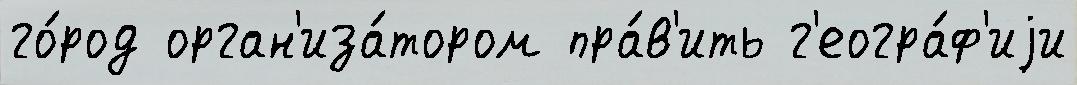
го́род орган'иза́тором пра́в'ить г'еогра́ф'иjи